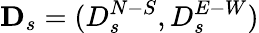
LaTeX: \mathbf{D}_{s}=(D_{s}^{N-S},D_{s}^{E-W})